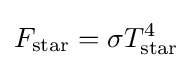
F_{\rm {star}}=\sigma T_{\rm {star}}^{4}